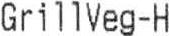
GRILLVEG-H